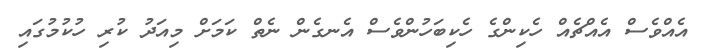
އެއްވެސް އެއްޗެއް ހެކިންގެ ހެކިބަހުންވެސް އެނގެން ނެތް ކަމަށް މިއަދު ކުރި ހުކުމުގައި